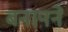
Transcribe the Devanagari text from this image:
बनानने